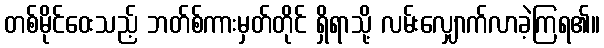
တစ်မိုင်ဝေးသည့် ဘတ်စ်ကားမှတ်တိုင် ရှိရာသို့ လမ်းလျှောက်လာခဲ့ကြရ၏။